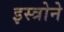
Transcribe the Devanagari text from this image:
इस्त्रोने